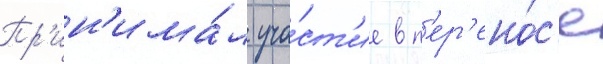
Пр'ин'има́л уча́ст'ие в п'ер'ено́с'е